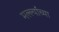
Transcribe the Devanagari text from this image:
मल्ल्यांच्या